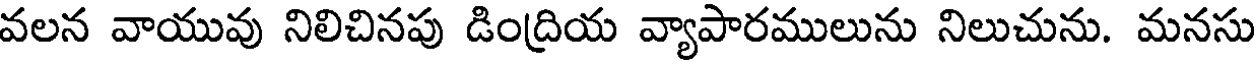
వలన వాయువు నిలిచినపు డింద్రియ వ్యాపారములును నిలుచును. మనసు